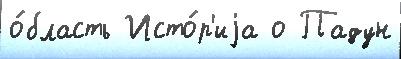
о́бласть Исто́р'иjа о Падун